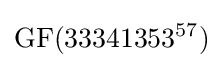
\mathrm {GF} (33341353^{57})